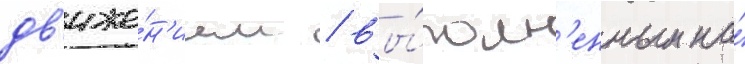
дв'иже́н'ием / вы́полн'енным на́